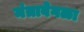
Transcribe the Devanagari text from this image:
मंत्रावेगळा